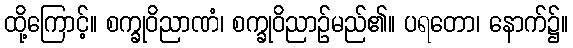
ထို့ကြောင့်။ စက္ခုဝိညာဏံ၊ စက္ခုဝိညာဉ်မည်၏။ ပရတော၊ နောက်၌။